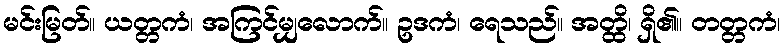
မင်းမြတ်။ ယတ္တကံ၊ အကြင်မျှလောက်။ ဥဒကံ၊ ရေသည်။ အတ္ထိ၊ ရှိ၏။ တတ္တကံ၊